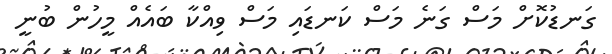
ގަނޑުކޮށް މަސް ގަނެ މަސް ކަނޑައި މަސް ވިއްކާ ބައެއް މީހުން ބުނީ